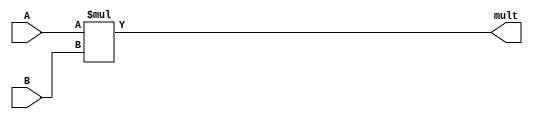
`timescale 1ns / 1ps
//////////////////////////////////////////////////////////////////////////////////
// Company: 
// Engineer: 
// 
// Design Name: 
// Module Name: alu_multiplier
// Project Name: 
// Target Devices: 
// Tool Versions: 
// Description: 
// 
// Dependencies: 
// 
// Revision:
// Revision 0.01 - File Created
// Additional Comments:
// 
//////////////////////////////////////////////////////////////////////////////////


module alu_multiplier(
    input[3:0] A,
    input[3:0] B,
    output[7:0] mult
    );
    assign mult = A*B; 
endmodule